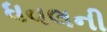
ધવલની